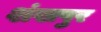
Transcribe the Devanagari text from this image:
शंखपुर